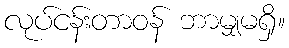
လုပ်ငန်းတာဝန် ဘာမျှမရှိ။